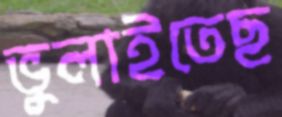
ভুলাইতেছ